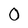
Character: O